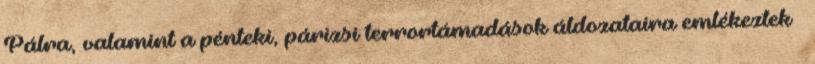
Pálra, valamint a pénteki, párizsi terrortámadások áldozataira emlékeztek –